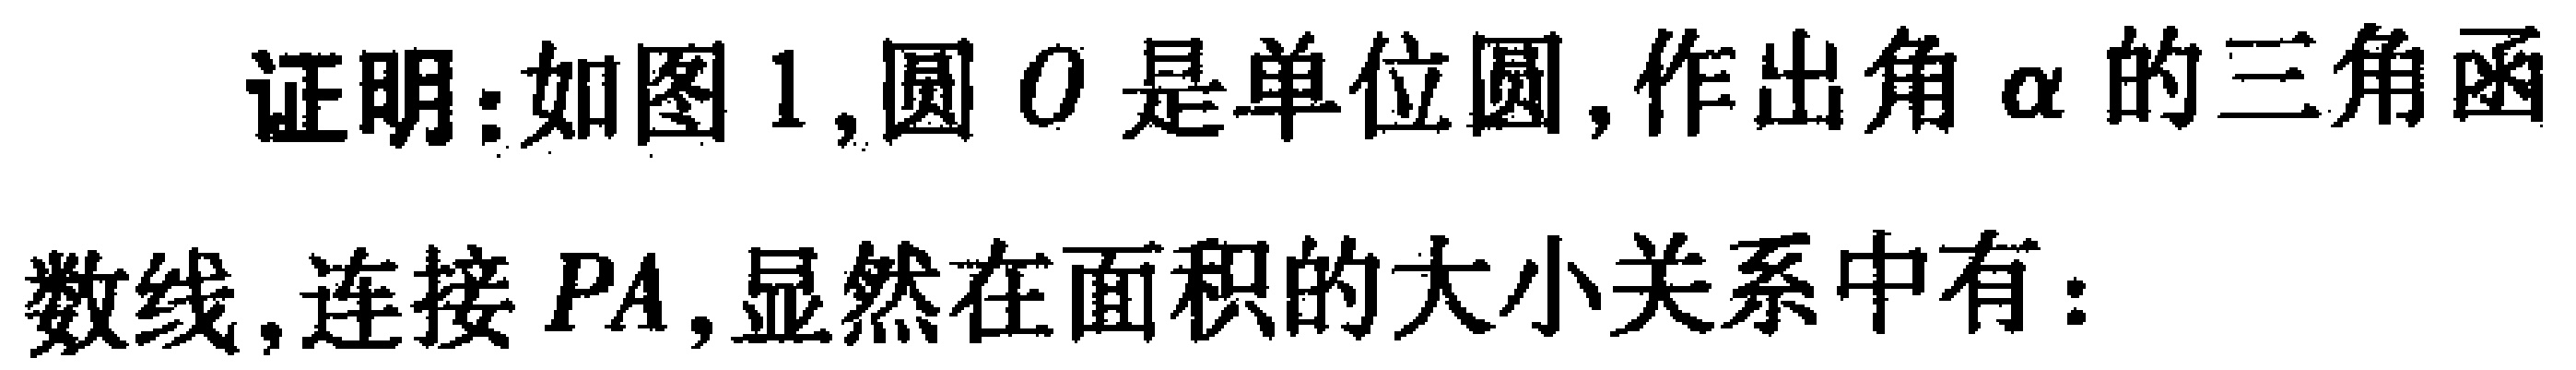
证明：如图 1,圆 \(O\) 是单位圆,作出角 \(\alpha\) 的三角函数线,连接 \(PA\),显然在面积的大小关系中有：